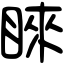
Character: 睞